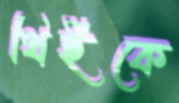
থিইকে